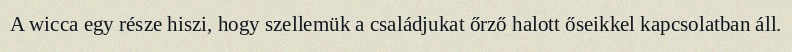
A wicca egy része hiszi, hogy szellemük a családjukat őrző halott őseikkel kapcsolatban áll.